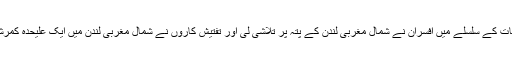
بیان میں کہا گیا کہ تحقیقات کے سلسلے میں افسران نے شمال مغربی لندن کے پتہ پر تلاشی لی اور تفتیش کاروں نے شمال مغربی لندن میں ایک علیحدہ کمرشل پتہ کی بھی تلاشی لی۔